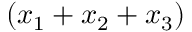
\left( x _ { 1 } + x _ { 2 } + x _ { 3 } \right)